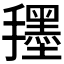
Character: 𭣀